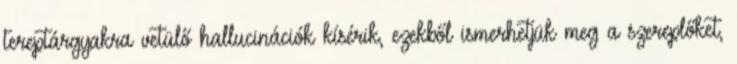
tereptárgyakra vetülő hallucinációk kísérik, ezekből ismerhetjük meg a szereplőket,